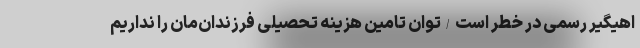
اهیگیر رسمی در خطر است/توان تامین هزینه تحصیلی فرزندان‌مان را نداریم